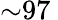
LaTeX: {\sim}97\